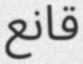
قانع